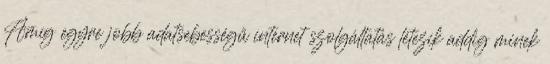
Amíg egyre jobb adatsebességű internet szolgáltatás létezik addig minek